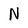
Character: N